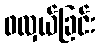
ဖလှယ်ခြင်း